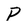
Character: P